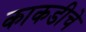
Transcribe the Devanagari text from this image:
काकडीचे